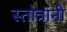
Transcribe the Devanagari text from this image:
स्तोत्रांनी